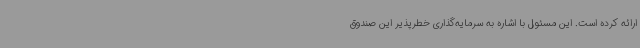
ارائه کرده است. این مسئول با اشاره به سرمایه‌گذاری خطرپذیر این صندوق